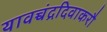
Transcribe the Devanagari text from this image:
यावच्चंद्रदिवाकरौ